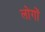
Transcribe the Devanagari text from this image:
लोगोें